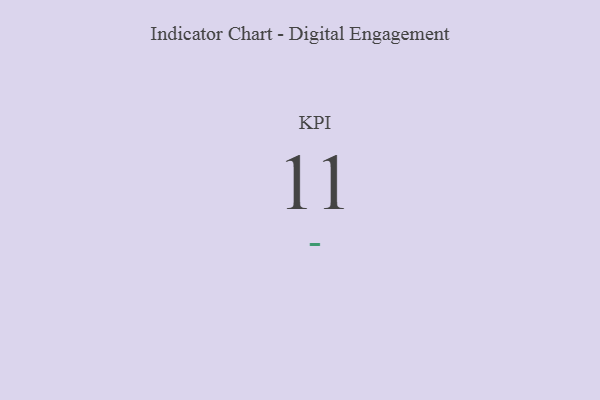
{"axis": {"x": "KPI", "y": "Value"}, "legend": [""], "data": [{"x": "KPI", "y": 11, "type": ""}]}